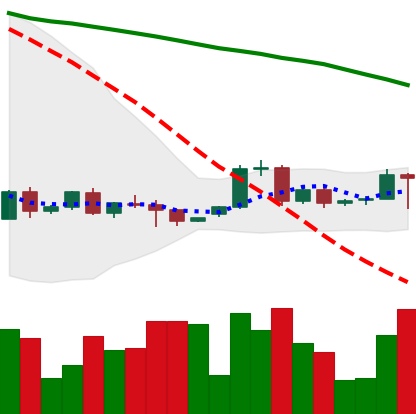
Ticker: BTC-USD
Chart end date: 2022-06-07
Forward return: -14.1%
Label: down_7plus